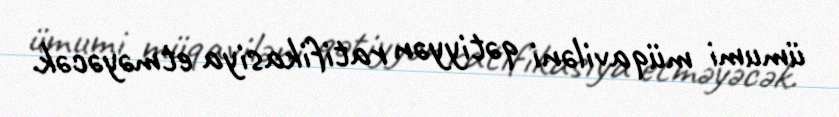
ümumi müqaviləni qətiyyən ratifikasiya etməyəcək.